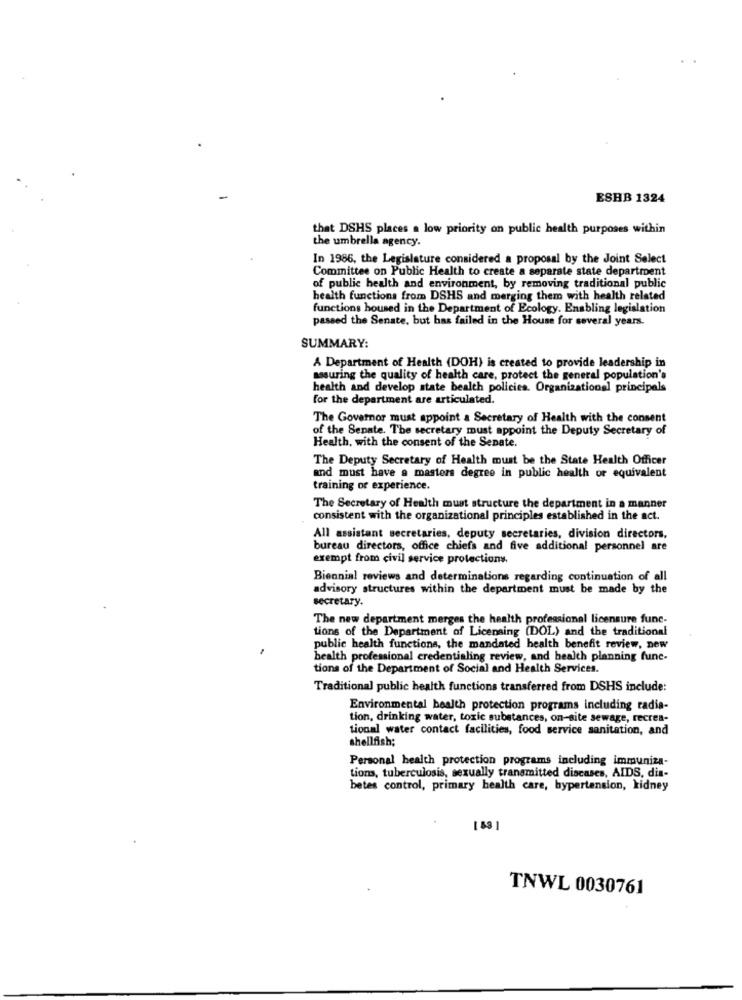
ESHB 1324
that DSHS places a low priority on public health purposes within
the umbrella agency.
In 1986, the Legislature considered a proposal by the Joint Select
Committee on Public Health to create a separate state department
of public health and environment, by removing traditional public
health functions from DSHS and merging them with health related
functions housed in the Department of Ecology. Enabling legislation
passed the Senate, but has failed in the House for several years.
SUMMARY:
A Department of Health (DOH) is created to provide leadership in
assuring the quality of health care, protect the general population's
health and develop state bealth policies. Organizations] principals
for the department are articulated.
The Governor must appoint a Secretary of Health with the consent
of the Senate. The secretary must appoint the Deputy Secretary of
Health, with the consent of the Senate.
The Deputy Secretary of Health must be the State Health Officer
and must have a masters degree in public health or equivalent
training of experience.
The Secretary of Health must structure the department in a manner
consistent with the organizational principles established in the act.
All assistant secretaries, deputy secretaries, division directors,
bureau directors, office chiefs and five additional personnel are
exempt from civil service protections.
Biennial reviews and determinations regarding continuation of all
advisory structures within the department must be made by the
secretary.
The new department merges the health professional licensure func-
tions of the Department of Licensing (DOL) and the traditional
public health functions, the mandated health benefit review, new
health professional credentialing review, and health planning fune-
tions of the Department of Social and Health Services.
Traditional public health functions transferred from DSHS include:
Environmental health protection programs including radia-
tion, drinking water, toxic substances, on-site sewage, recrea-
tional water contact facilities, food service sanitation, and
shellfish;
Personal health protection programs including immuniza-
tions, tuberculosis, sexually transmitted diseases, AIDS, dia-
betes control, primary health care, hypertension, kidney
[ 4]
TNWL 0030761